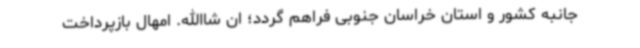
جانبه کشور و استان خراسان جنوبی فراهم گردد؛ ان شاالله. امهال بازپرداخت